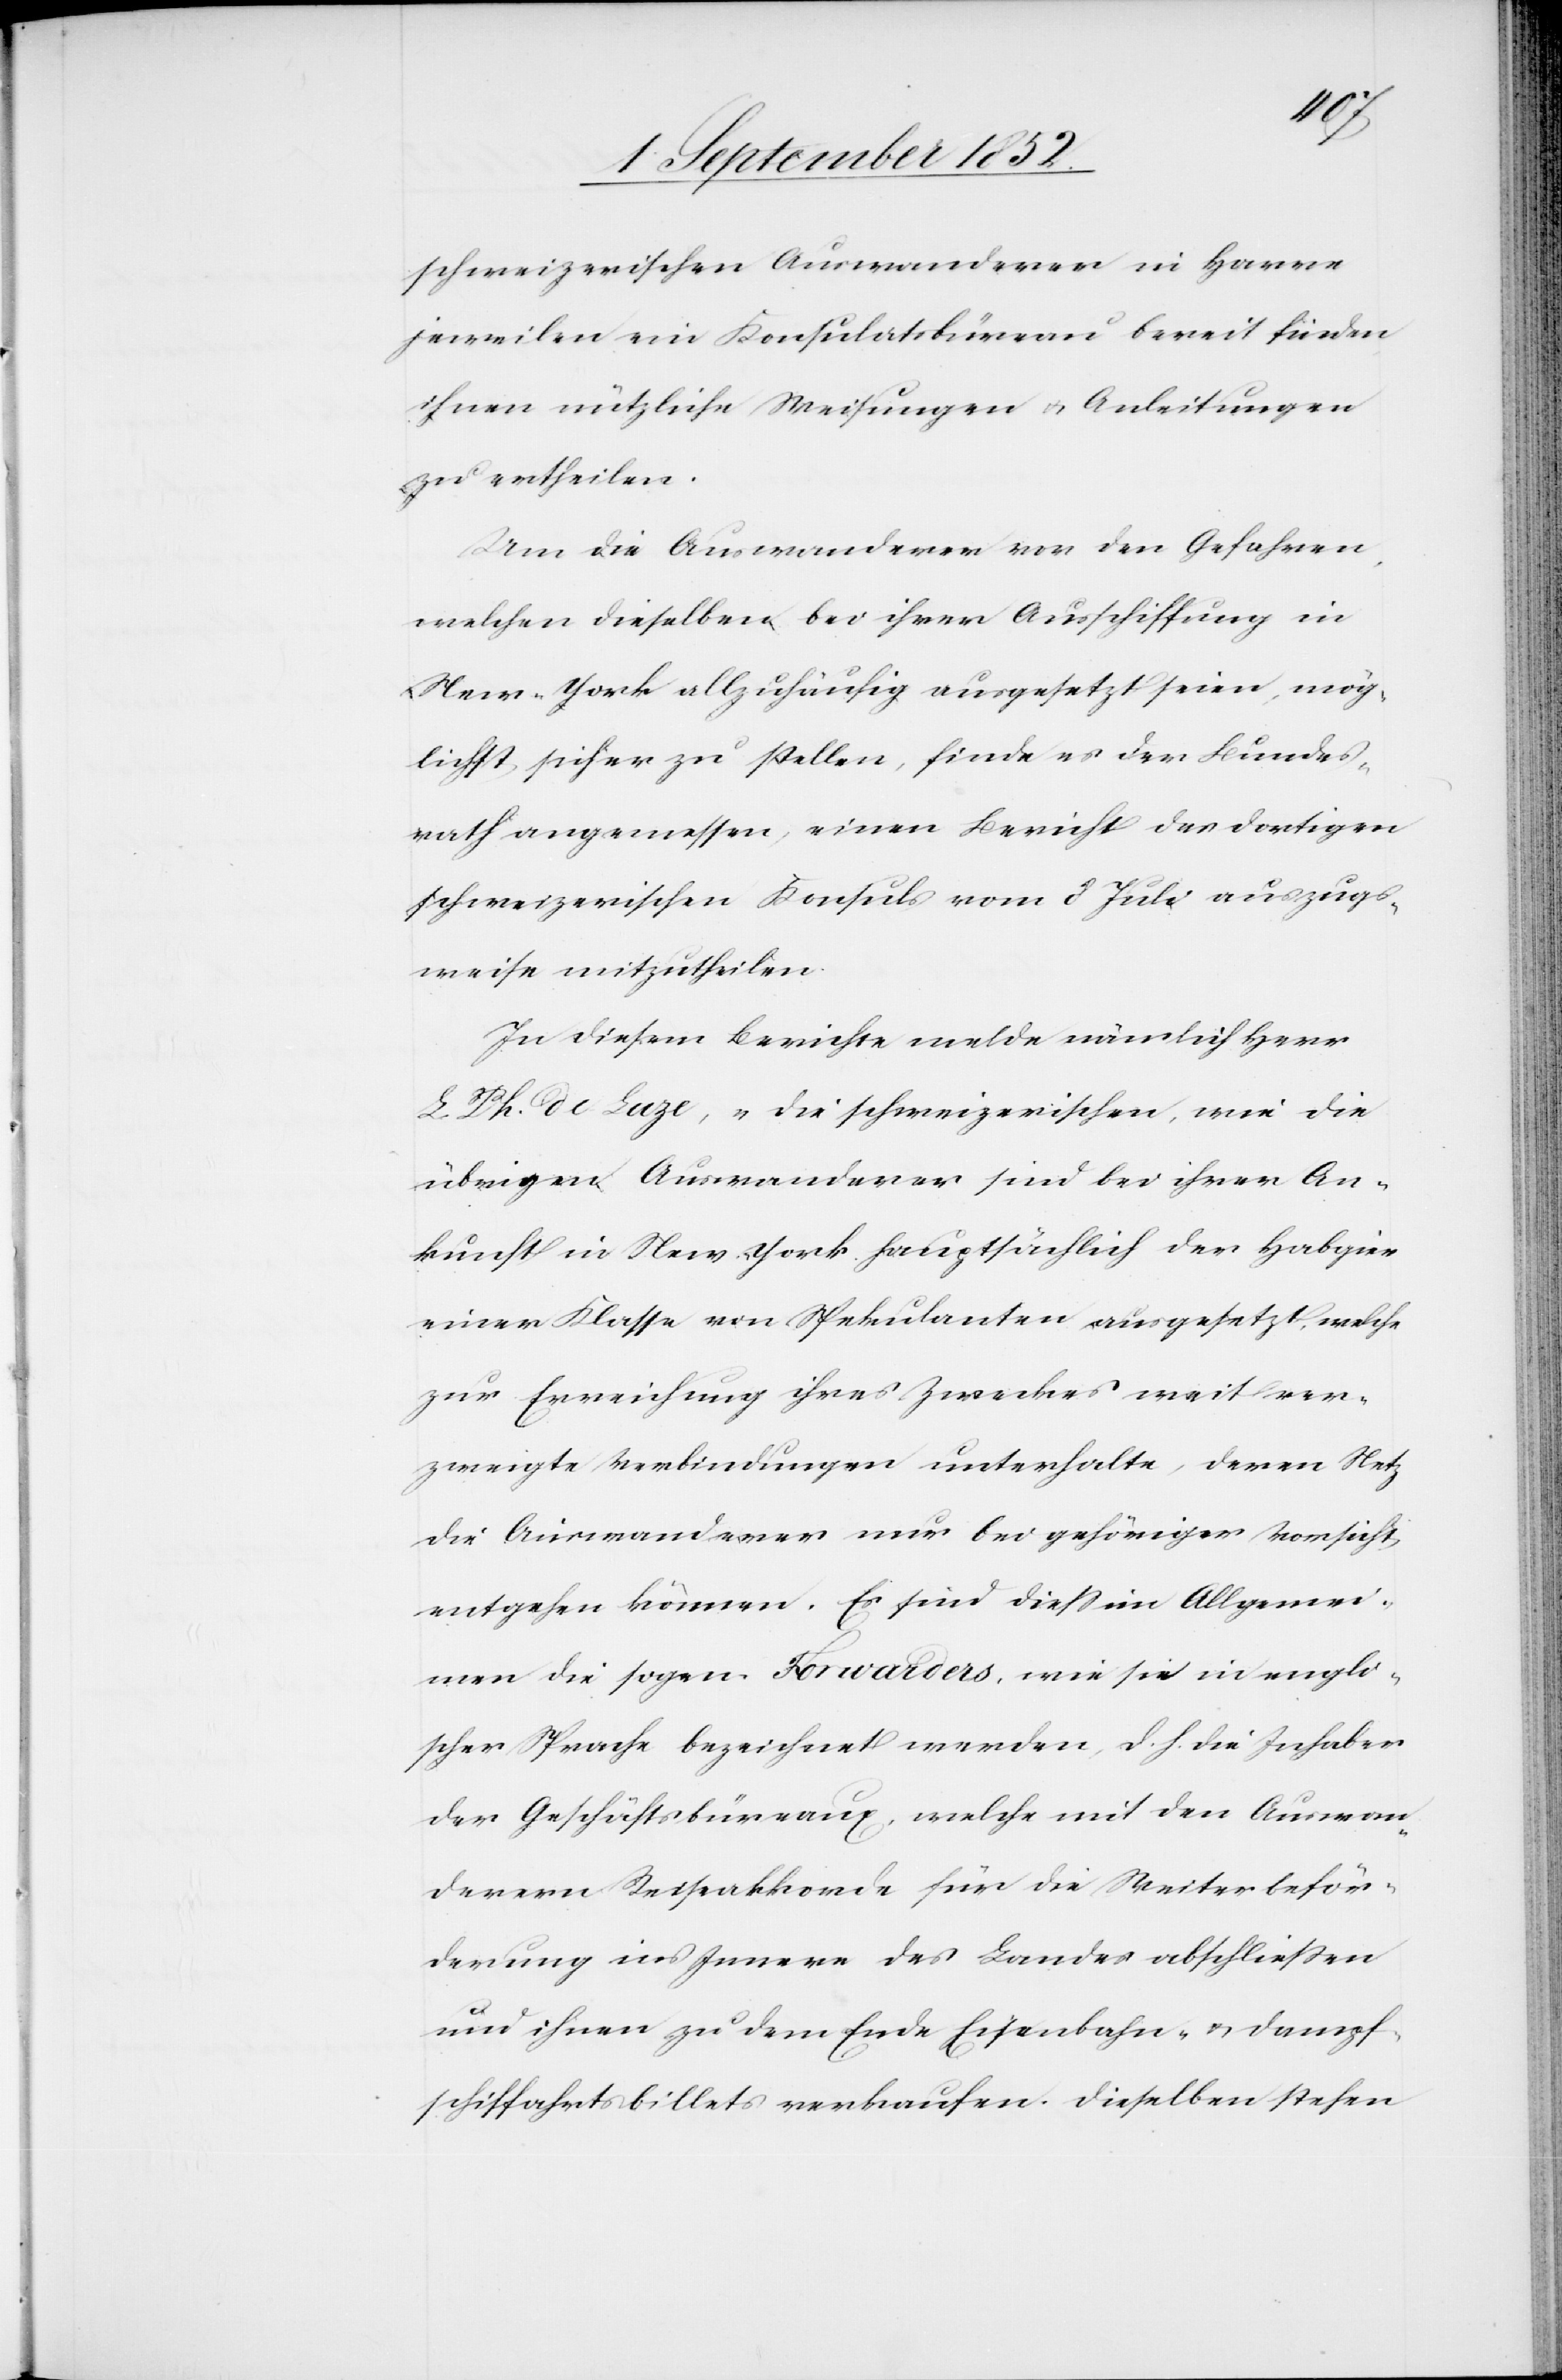
schweizerischen Auswanderer in Havre
jeweilen ein Konsulatsbüreau bereit finden
ihnen nützliche Weisungen & Anleitungen
zu ertheilen.
Um die Auswanderer vor den Gefahren,
welchen dieselben bei ihrer Ausschiffung in
New-York allzuhäufig ausgesetzt seien, mög¬
lichst sicher zu stellen, finde es der Bundes¬
rath angemessen, einen Bericht des dortigen
schweizerischen Konsuls vom 8 Juli auszugs¬
weise mitzutheilen.
In diesem Berichte melde nämlich Herr
L. Ph. de-Luze, „die schweizerischen, wie die
übrigen Auswanderer sind bei ihrer An¬
kunft in New-York hauptsächlich der Habgier
einer Klasse von Spekulanten ausgesetzt, welche
zur Erreichung ihres Zweckes weit ver¬
zweigte Verbindungen unterhalte, deren Netz
die Auswanderer nur bei gehöriger Vorsicht
entgehen können. Es sind diess im Allgemei¬
nen die sogen. Forwarders, wie sie in engli¬
scher Sprache bezeichnet werden, d. h. die Inhaber
der Geschäftsbüreaux, welche mit den Auswan¬
derern Reiseakkorde für die Weiterbeför¬
derung ins Innere des Landes abschliessen
und ihnen zu dem Ende Eisenbahn- & Dampf¬
schiffahrtsbillets verkaufen. Dieselben stehen